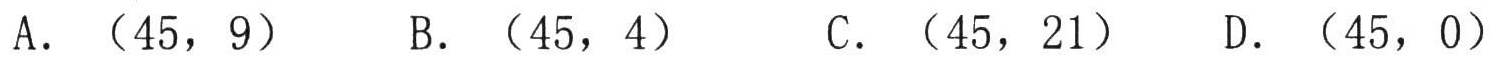
A. \((45,9)\)  B. \((45,4)\)  C. \((45,21)\)  D. \((45,0)\)